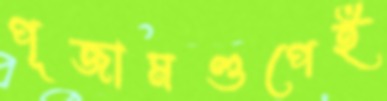
পূজামণ্ডপেই